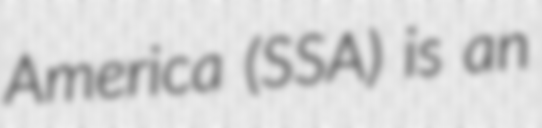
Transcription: America (SSA) is an